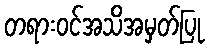
တရားဝင်အသိအမှတ်ပြု